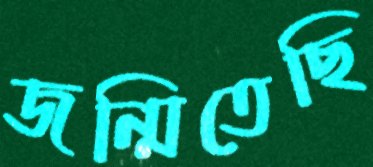
জন্মিতেছি